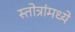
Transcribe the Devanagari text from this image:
स्तोत्रांमध्ये